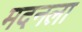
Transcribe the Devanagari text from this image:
मदनला